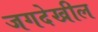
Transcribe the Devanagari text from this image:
जगदेखील